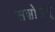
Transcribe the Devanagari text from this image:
सशोधन्